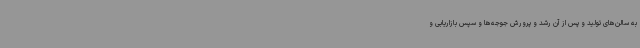
به سالن‌های تولید و پس از آن رشد و پرورش جوجه‌ها و سپس بازاریابی و